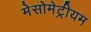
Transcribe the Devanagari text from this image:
मेसोमेट्रीयम